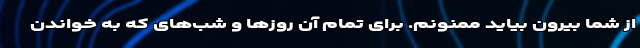
از شما بیرون بیاید ممنونم. برای تمام آن روزها و شب‌های که به خواندن